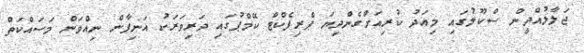
ޖަލާލުއްދީން ސްކޫލުގައި މިއަދު ކުރިއަށްގެންދިޔަ ޕްރިފެކްޓް ކޭމްޕުގައި ދަރިވަރަކު އަނިފާން ނިއްވަން މަސައްކަތް